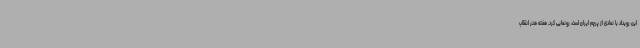
این رویداد با نمادی از پرچم ایران است، رونمایی کرد. هفته هنر انقلاب